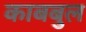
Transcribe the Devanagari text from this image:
काबबुल